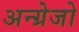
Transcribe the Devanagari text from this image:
अन्ग्रेजो